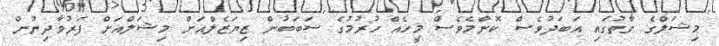
މިޝަލްގެ ގާތުގައި އަބަދުވެސް ކޮންމެވެސް މީހެއް ހުރުމުގެ ސަބަބުން ޒިޔަޒެލްއަށް މިޝަލްއަށް ފަރުވާދިނުން